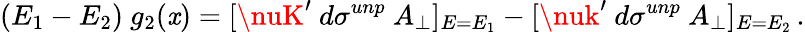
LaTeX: (E_{1}-E_{2})~g_{2}(\mathit{x})=[\nuK^{\prime}~d\sigma^{unp}~A_{\perp}]_{E=E_{1}}-[\nuk^{\prime}~d\sigma^{unp}~A_{\perp}]_{E=E_{2}}\, .